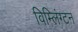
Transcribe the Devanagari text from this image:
विम्लिंग्टन